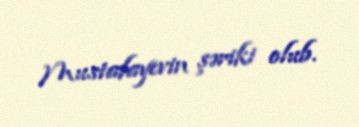
Mustafayevin şəriki olub.